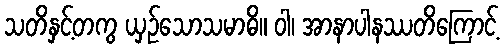
သတိနှင့်တကွ ယှဉ်သောသမာဓိ။ ဝါ၊ အာနာပါနဿတိကြောင့်